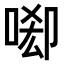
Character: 𠴷